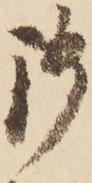
御